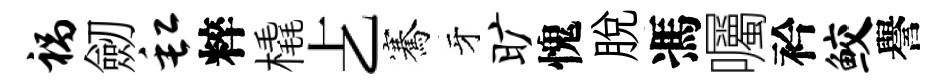
祸劒缸粹橇𠧒騫牙旷愧脱馮囑衿鲛譽